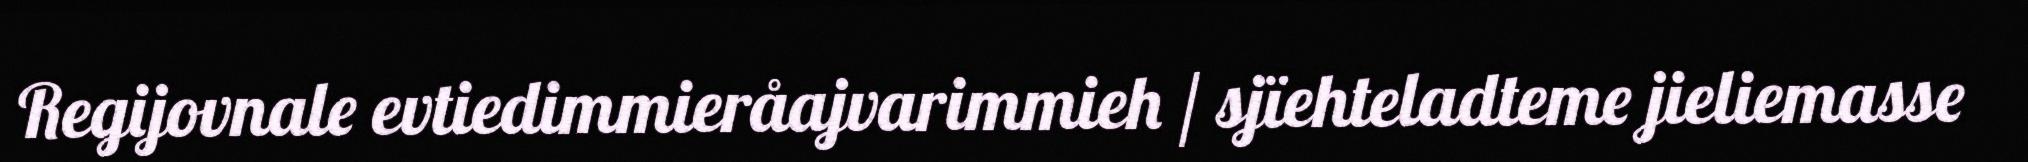
Regijovnale evtiedimmieråajvarimmieh / sjïehteladteme jieliemasse